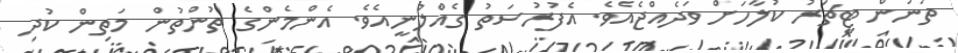
ތަނުން ޓީޗަރު ކުލާހަށް ވަދެއްޖެއެވެ. އެފުރުސަތު ގެއްލުނީއެވެ. އެންމެންގެ ތުންތުން މަތިން ކުދި